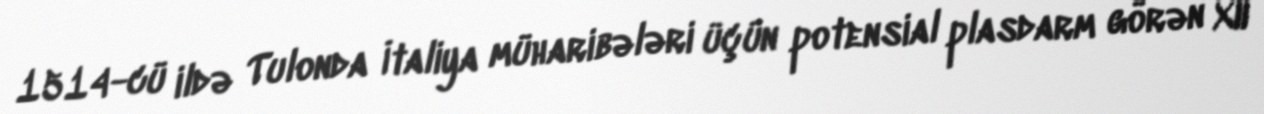
1514-cü ildə Tulonda İtaliya müharibələri üçün potensial plasdarm görən XII